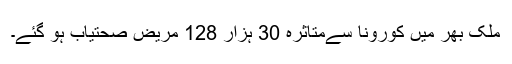
ملک بھر میں کورونا سےمتاثرہ 30 ہزار 128 مریض صحتیاب ہو گئے۔